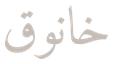
خانوق